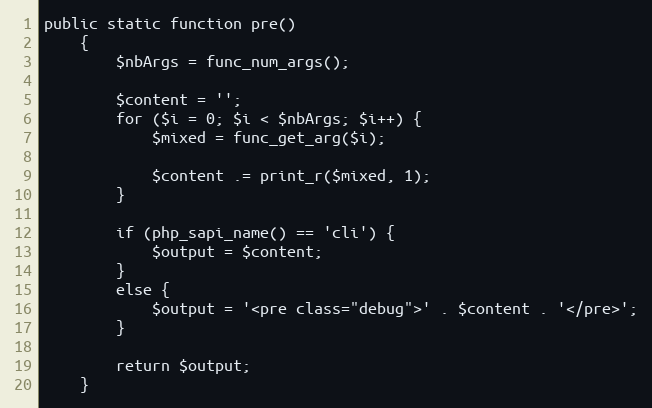
Language: PHP
public static function pre()
    {
        $nbArgs = func_num_args();

        $content = '';
        for ($i = 0; $i < $nbArgs; $i++) {
            $mixed = func_get_arg($i);

            $content .= print_r($mixed, 1);
        }

        if (php_sapi_name() == 'cli') {
            $output = $content;
        }
        else {
            $output = '<pre class="debug">' . $content . '</pre>';
        }

        return $output;
    }